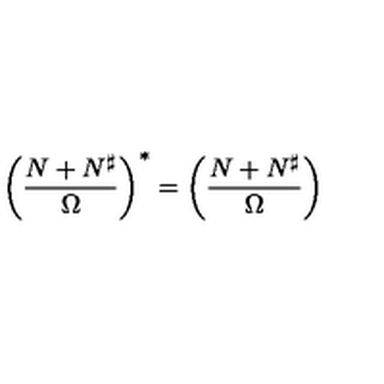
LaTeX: \left( { \frac { N + N ^ { \sharp } } { \Omega } } \right) ^ { * } = \left( { \frac { N + N ^ { \sharp } } { \Omega } } \right)